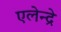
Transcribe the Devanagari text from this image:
एलेन्द्रे